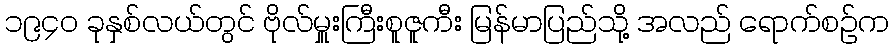
၁၉၄၀ ခုနှစ်လယ်တွင် ဗိုလ်မှူးကြီးစူဇူကီး မြန်မာပြည်သို့ အလည် ရောက်စဉ်က